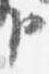
臣